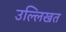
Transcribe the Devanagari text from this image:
उल्लिखत